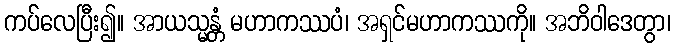
ကပ်လေပြီး၍။ အာယသ္မန္တံ မဟာကဿပံ၊ အရှင်မဟာကဿကို။ အဘိဝါဒေတွာ၊